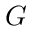
G